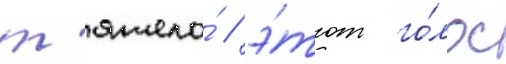
т'яжело́ / э́тот го́лос